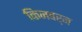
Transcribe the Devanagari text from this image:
किनबर्न